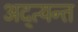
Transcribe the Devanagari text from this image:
अद्त्यन्त